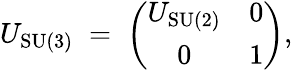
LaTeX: U_{\mathrm{SU(3)}}\; =\; \left(\begin{array}{cc}{{U_{\mathrm{SU(2)}}}}&{{0}}\\ {{0}}&{{1}}\end{array}\right),